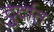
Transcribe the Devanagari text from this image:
दुर्दात